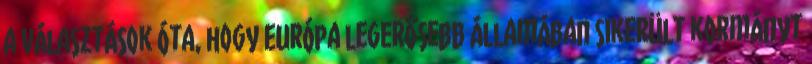
a választások óta, hogy Európa legerősebb államában sikerült kormányt